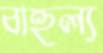
বাহুল্য